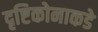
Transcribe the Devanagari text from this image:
दृष्टिकोनाकडे